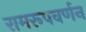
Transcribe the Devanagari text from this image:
रामरूपवर्णन